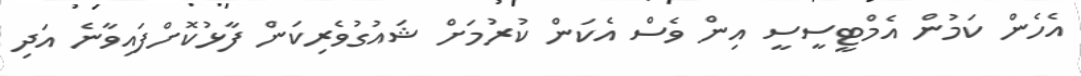
އެހެން ކަމުން އެމްޓީސީސީ އިން ވެސް އެކަން ކުރުމަށް ޝައުގުވެރިކަން ފާޅުކޮށްފައިވާނެ އަދި